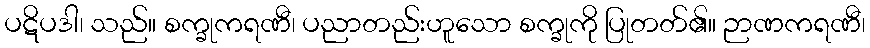
ပဋိပဒါ၊ သည်။ စက္ခုကရဏီ၊ ပညာတည်းဟူသော စက္ခုကို ပြုတတ်၏။ ဉာဏကရဏီ၊